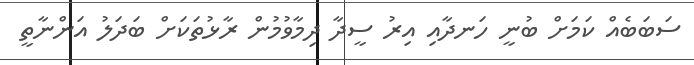
ސަބަބެއް ކަމަށް ބުނީ ހަނދާއި އިރު ސީދާ ދިމާވުމުން ރާޅުތަކަށް ބަދަލު އަންނާތީ